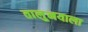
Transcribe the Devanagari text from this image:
तालु्नयाला